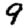
Digit: 9